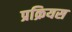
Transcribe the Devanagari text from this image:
प्रक्रियस